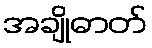
အချိုဓာတ်